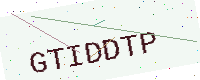
Text: GTIDDTP